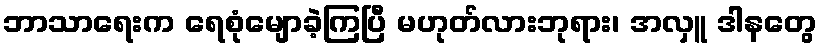
ဘာသာရေးက ရေစုံမျောခဲ့ကြပြီ မဟုတ်လားဘုရား၊ အလှူ ဒါနတွေ